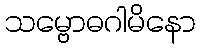
သမ္ဗောဓဂါမိနော